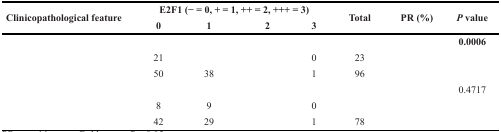
<table><thead><tr><td rowspan="2"><b>Clinicopathological feature</b></td><td colspan="4"><b>E2F1 (− = 0, + = 1, ++ = 2, +++ = 3)</b></td><td rowspan="2"><b>Total</b></td><td rowspan="2"><b>PR (%)</b></td><td rowspan="2"><b><i>P</i> value</b></td></tr><tr><td><b>0</b></td><td><b>1</b></td><td><b>2</b></td><td><b>3</b></td></tr></thead><tbody><tr><td>[EMPTY_CELL]</td><td>[EMPTY_CELL]</td><td>[EMPTY_CELL]</td><td>[EMPTY_CELL]</td><td>[EMPTY_CELL]</td><td>[EMPTY_CELL]</td><td>[EMPTY_CELL]</td><td><b>0.0006</b></td></tr><tr><td>[EMPTY_CELL]</td><td>21</td><td>[EMPTY_CELL]</td><td>[EMPTY_CELL]</td><td>0</td><td>23</td><td>[EMPTY_CELL]</td><td>[EMPTY_CELL]</td></tr><tr><td>[EMPTY_CELL]</td><td>50</td><td>38</td><td>[EMPTY_CELL]</td><td>1</td><td>96</td><td>[EMPTY_CELL]</td><td>[EMPTY_CELL]</td></tr><tr><td>[EMPTY_CELL]</td><td>[EMPTY_CELL]</td><td>[EMPTY_CELL]</td><td>[EMPTY_CELL]</td><td>[EMPTY_CELL]</td><td>[EMPTY_CELL]</td><td>[EMPTY_CELL]</td><td>0.4717</td></tr><tr><td>[EMPTY_CELL]</td><td>8</td><td>9</td><td>[EMPTY_CELL]</td><td>0</td><td>[EMPTY_CELL]</td><td>[EMPTY_CELL]</td><td>[EMPTY_CELL]</td></tr><tr><td>[EMPTY_CELL]</td><td>42</td><td>29</td><td>[EMPTY_CELL]</td><td>1</td><td>78</td><td>[EMPTY_CELL]</td><td>[EMPTY_CELL]</td></tr></tbody></table>